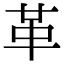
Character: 革